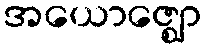
အယောဇ္ဈော